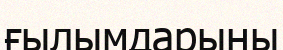
ғылымдарыны